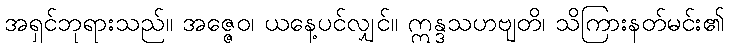
အရှင်ဘုရားသည်။ အဇ္ဇေဝ၊ ယနေ့ပင်လျှင်။ ဣန္ဒသဟဗျတိ၊ သိကြားနတ်မင်း၏